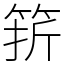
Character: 䇽